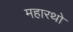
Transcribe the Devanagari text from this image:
महारथो